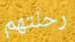
رحلتهم